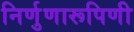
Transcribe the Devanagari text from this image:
निर्णुणारूपिणी